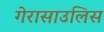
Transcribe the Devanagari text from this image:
गेरासाउलिस